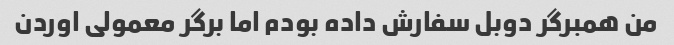
من همبرگر دوبل سفارش داده بودم اما برگر معمولی اوردن